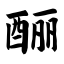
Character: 酾